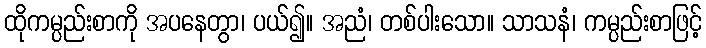
ထိုကမ္ပည်းစာကို အပနေတွာ၊ ပယ်၍။ အညံ၊ တစ်ပါးသော။ သာသနံ၊ ကမ္ပည်းစာဖြင့်